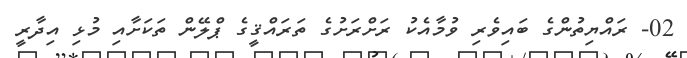
02- ރައްޔިތުންގެ ބައިވެރި ވުމާއެކު ރަށްރަށުގެ ތަރައްޤީގެ ޕްލޭން ތަކަށާއި މުޅި އިދާރީ